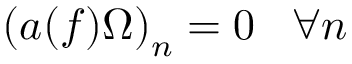
\left( a ( f ) \Omega \right) _ { n } = 0 \; \; \; \forall n